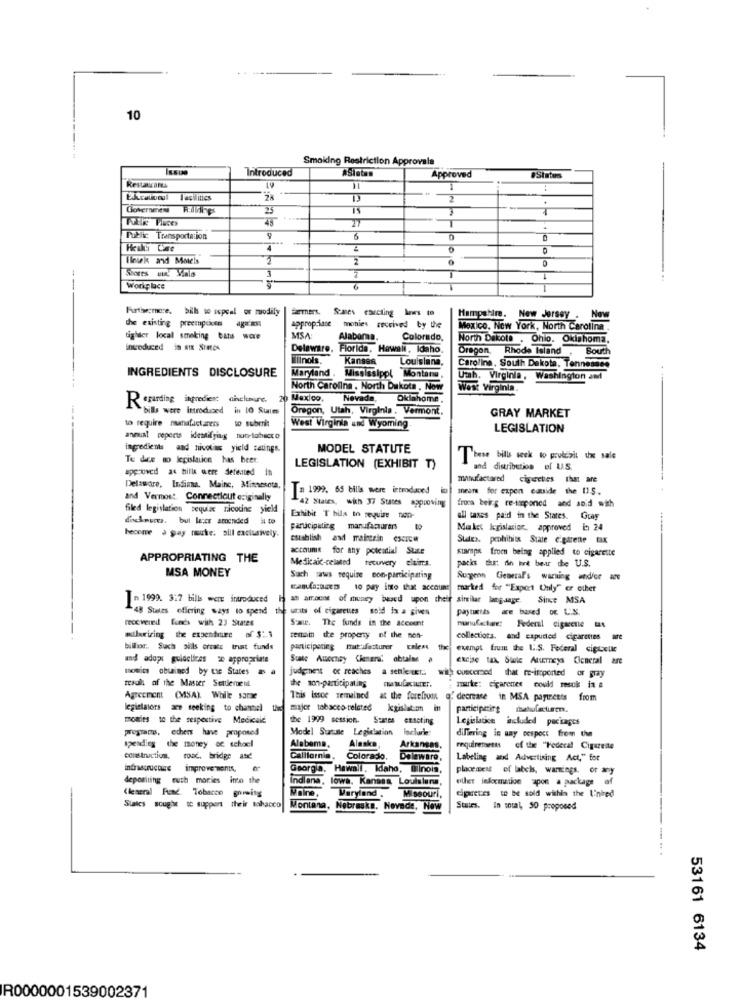
10
Smoking Restriction Approvala
Introduced
#Sintas
Approved
States
Restaurant
1
Ekcationul Facilities
2
+
25
15
27
Public Transportation
6
0
4
2
Hlouk and Motels
2
Spores un. Viele
4
---
Workplace
Furthermore, bill w wpcal or modify
Hampshire.
New Jersey . N
the existing preempdicts ag-
appropriane monies received by the
Mexico, New York, North Carolina .
tighder local smoking bats Were
MSA:
Alabora.
Colorado,
North Dakota , Ohio. Okiphoma,
introduced in stE SrMes
Delaware, Florida, Hawaii, Idaho.
Dragon, Rhode Island
Oregon,
South
illinois.
Kansen
Louisiana,
INGREDIENTS DISCLOSURE
Caroline, South Dakota, Tennessee
Maryland , Mississippi Montana
Ush. Virginia, Washington and
North Carolina , North Dakota , Now
West Virginia.
Regarding ingredien; ahclunure.
20 Mexico
Nevada,
Oklahoma,
bills were Introduced in 10 States
Oregon, Utah, Virginia , Vermont,
GRAY MARKET
to require nunafactaness to subenit
West Virginia und Wyoming
LEGISLATION
annual reports identifying nun-tahecco
ingredients and nivot'as yield setings.
MODEL STATUTE
Te dice no legislation has beer.
These bills seek to prolchit the sale
approved a4 bille were defeated in
LEGISLATION (EXHIBIT T)
and distribution of U.S.
manufactured cigereties that are
Delaware, India. Mainc, Minnesota,
T= 1999. 65 bills were introduced
mneare for expen cutside the IS.
and Vermost Connecticut originally
42 States, wich 37 States approving
filed legislation
sequiac nicotine yield
froma being re-imponed and and wich
dickneces. but lever amended
Exhibit T hils to require non-
all taxes paid in the States. Gray
become a gay meuke. sill exclusively.
parucipating manufacturers
Maket legislation. approved b) 24
establish
establish and maintein CSCw
Sutes. prohibits State cigarene tax
accounis for any potential State
stamps from being applied to cigarette
APPROPRIATING THE
Medicaic-related tecuvery citims.
packs thur: the hurt bear the U.S.
MSA MONEY
Such saws require con-participating
Surgeon General's wirting andfor -
wanda;users to pay into that account
marked for "Expect Only" or other
- 1999. 3:7 bills were introduced
ah arrocet of mupry bued upon cheff similar language. Since MSA
Since MSA
48 States offering ways to spend the
units of cigarettes sold in a gives
paytutils are based on L.S.
recevered fonds with 23 States
Some. The funds in the account
nunulecture: Federal cigarette
authorizing the expendsure of $ :. 3
temain the property of the non-
collections, and capuned cigarettes are
billior ., Such pills orcase trust funds
participating muthifesturer Enless the exempt fruin the U.S. Federal cigtelle
and adops guidelines se appropriate
Excise tax. Siele Atureys General are
mouits obuined by the States as a
judgment of reaches a settle Er ..
with concerned that re-imported or gray
taal af the Master Settlement
the non-participating
marke: cigarenes could resck in #
Agreement (MSA). While sarse
This issoe semained
at the forefront of decrease in MSA payments from
legislators are seeking to channel
major tobacco-related
participeire mahufacturen.
monies to the respective Medicaid
the 1999 session.
Sentes exacting
Legislacice included packages
programs, echers have proposed
Model Statute Legislation
Inclure:
differing in way respect from the
spending the money of school
Alabama,
Alaska,
Arkansas,
requirements of the "Federal Cigarette
construction, road. bridge and
California,
Colorado.
Delewaro,
Labeling and Advertising Act," for
improve ments, a
Georgia, Hawall, Idaho, ilinois,
placement of labels, warnings, or any
depositing muth mories into the
Indiana, lowa. Kanasa Louisiana,
other iekxmation apon a package of
Meine,
Waryland .
cipruss te be sold within the I'nired
(leseral Fund. Tobacco growing
Missouri,
Stalcs sought to support their tabacco
Montana, Nebraska. Hovede, Naw
States. In total, 50 proposed
53161 6134
R0000001539002371